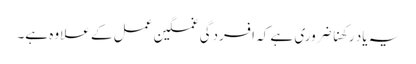
یہ یاد رکھنا ضروری ہے کہ افسردگی غمگین عمل کے علاوہ ہے۔